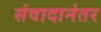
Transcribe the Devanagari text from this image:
संवादानंतर